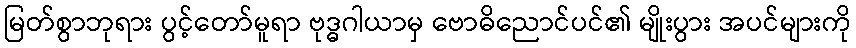
မြတ်စွာဘုရား ပွင့်တော်မူရာ ဗုဒ္ဓဂါယာမှ ဗောဓိညောင်ပင်၏ မျိုးပွား အပင်များကို